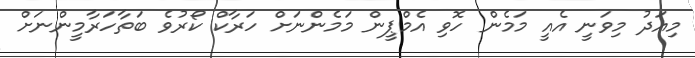
މިއަދު މިވަނީ އެއީ މަމެން ހޮވި އެމްޕީން މަމެންނަށް ހަރާކް ކޯރުވެ ބަތާހަރާމީންނަށް